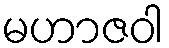
မဟာဇဝါ